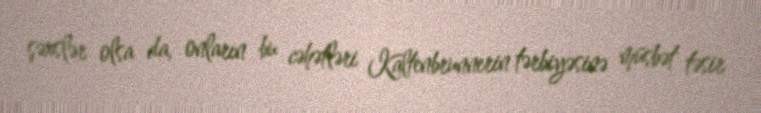
şəxslər olsa da, onların bu cəhətləri Kaltenbrunnerin tərbiyəsinə müsbət təsir